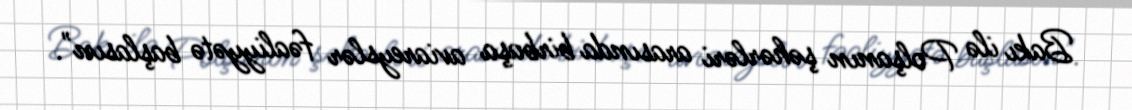
Bakı ilə Polşanın şəhərləri arasında birbaşa aviareyslər fəaliyyətə başlasın".